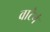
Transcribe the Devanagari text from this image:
वाटेनं